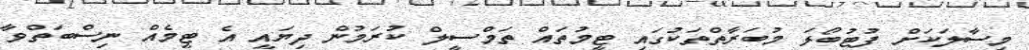
މިސާލަކަށް ފުޓުބޯޅަ މުބަރާތްތަކުގައި ޓީމުތައް ތަމްސީލް ކުރަމުން ދިޔައީ އެ ޓީމެއް ނިސްބަތްވާ